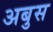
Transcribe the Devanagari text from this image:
अबुस